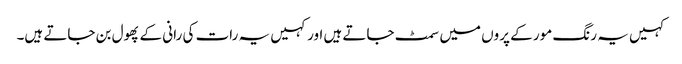
کہیں یہ رنگ مور کے پروں میں سمٹ جاتے ہیں اور کہیں یہ رات کی رانی کے پھول بن جاتے ہیں۔